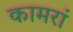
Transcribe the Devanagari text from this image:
कामरां